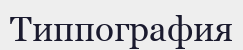
Типпография